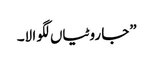
”جا روٹیاں لگوا لا۔